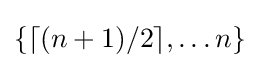
\{\lceil (n+1)/2\rceil ,\dots n\}